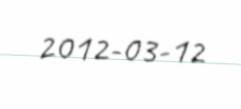
2012-03-12